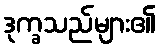
ဒုက္ခသည်များ၏